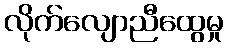
လိုက်လျောညီထွေမှု